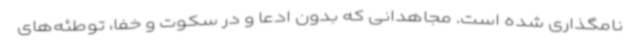
نامگذاری شده است. مجاهدانی که بدون ادعا و در سکوت و خفا، توطئه‌های